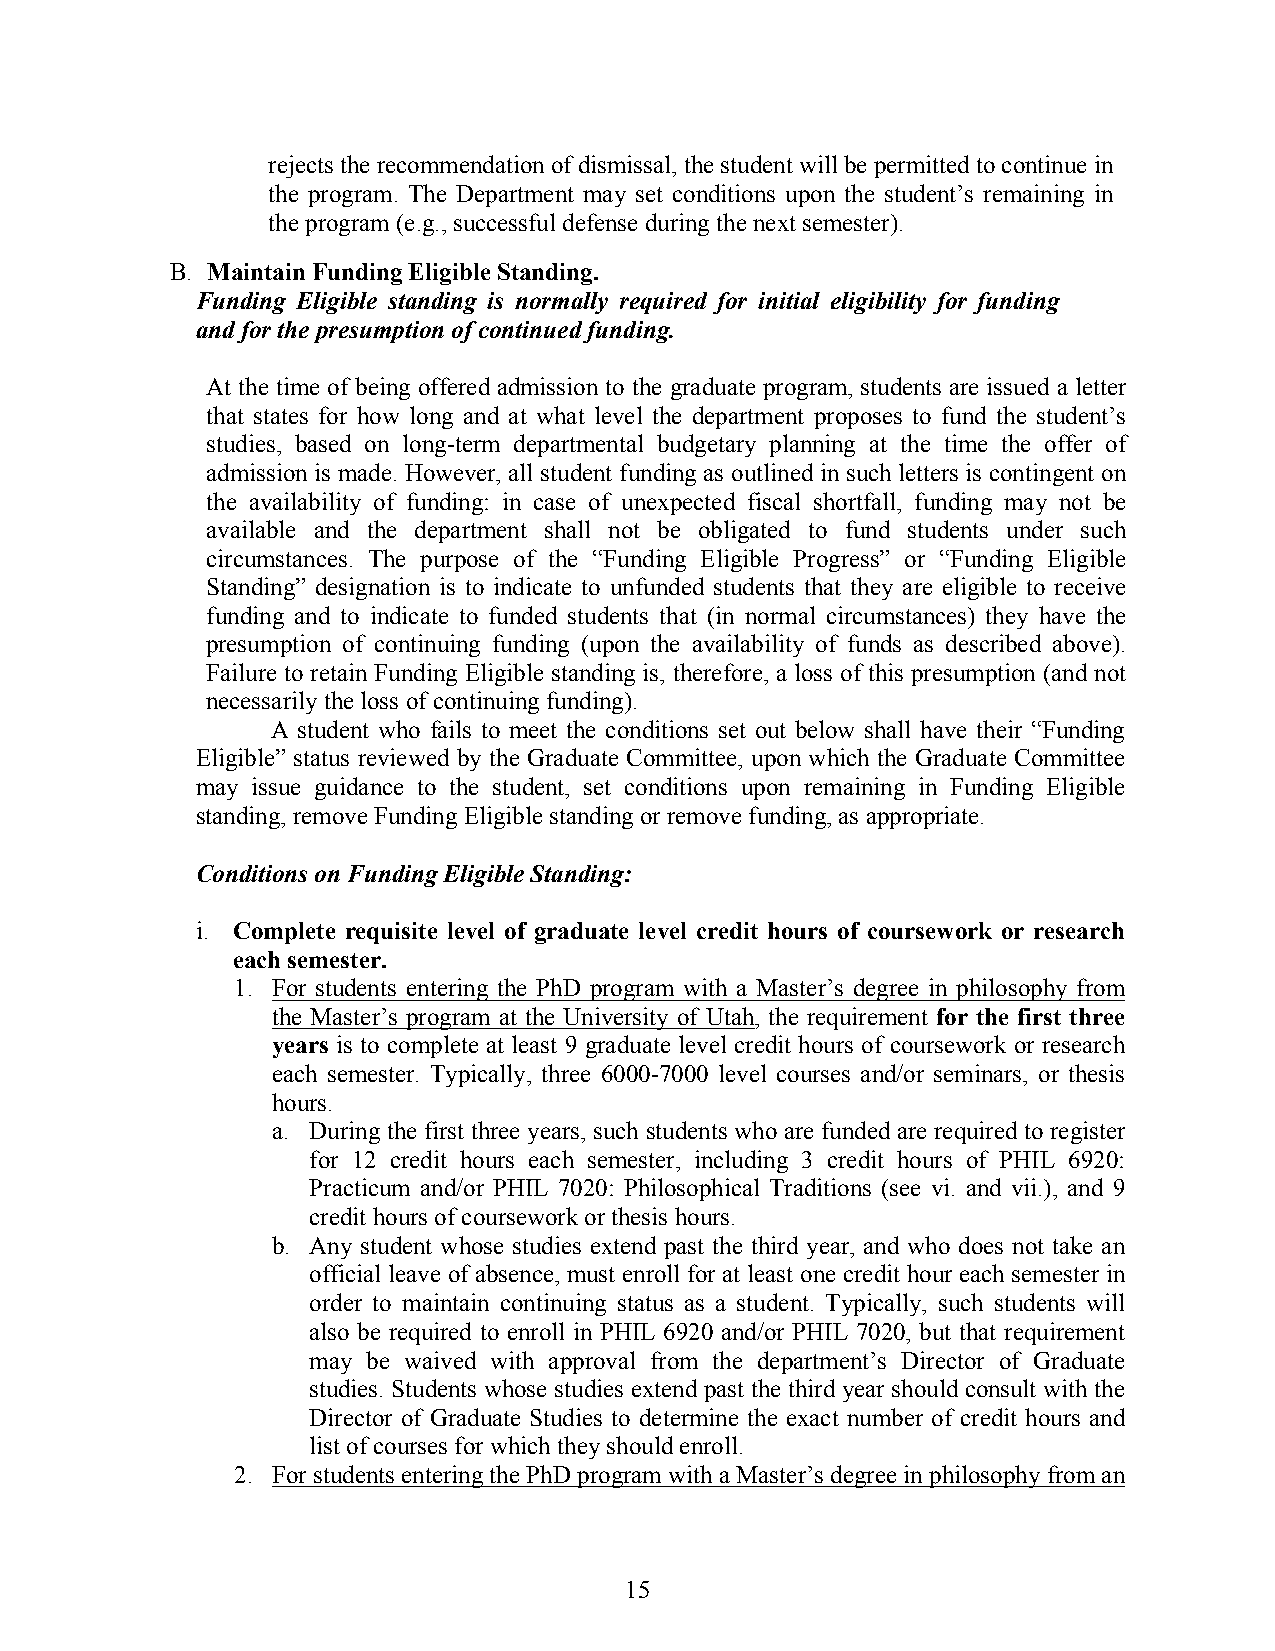
rejects the recommendation of dismissal, the student will be permitted to continue in
 the program. The Department may set conditions upon the student’s remaining in
 the program (e.g., successful defense during the next semester).
 B. Maintain Funding Eligible Standing.
 Funding Eligible standing is normally required for initial eligibility for funding
 and for the presumption of continued funding.
 At the time of being offered admission to the graduate program, students are issued a letter
 that states for how long and at what level the department proposes to fund the student’s
 studies, based on long-term departmental budgetary planning at the time the offer of
 admission is made. However, all student funding as outlined in such letters is contingent on
 the availability of funding: in case of unexpected fiscal shortfall, funding may not be
 available and the department shall not be obligated to fund students under such
 circumstances. The purpose of the “Funding Eligible Progress” or “Funding Eligible
 Standing” designation is to indicate to unfunded students that they are eligible to receive
 funding and to indicate to funded students that (in normal circumstances) they have the
 presumption of continuing funding (upon the availability of funds as described above).
 Failure to retain Funding Eligible standing is, therefore, a loss of this presumption (and not
 necessarily the loss of continuing funding).
 A student who fails to meet the conditions set out below shall have their “Funding
 Eligible” status reviewed by the Graduate Committee, upon which the Graduate Committee
 may issue guidance to the student, set conditions upon remaining in Funding Eligible
 standing, remove Funding Eligible standing or remove funding, as appropriate.
 Conditions on Funding Eligible Standing:
 i. Complete requisite level of graduate level credit hours of coursework or research
 each semester.
 1. For students entering the PhD program with a Master’s degree in philosophy from
 the Master’s program at the University of Utah, the requirement for the first three
 years is to complete at least 9 graduate level credit hours of coursework or research
 each semester. Typically, three 6000-7000 level courses and/or seminars, or thesis
 hours.
 a. During the first three years, such students who are funded are required to register
 for 12 credit hours each semester, including 3 credit hours of PHIL 6920:
 Practicum and/or PHIL 7020: Philosophical Traditions (see vi. and vii.), and 9
 credit hours of coursework or thesis hours.
 b. Any student whose studies extend past the third year, and who does not take an
 official leave of absence, must enroll for at least one credit hour each semester in
 order to maintain continuing status as a student. Typically, such students will
 also be required to enroll in PHIL 6920 and/or PHIL 7020, but that requirement
 may be waived with approval from the department’s Director of Graduate
 studies. Students whose studies extend past the third year should consult with the
 Director of Graduate Studies to determine the exact number of credit hours and
 list of courses for which they should enroll.
 2. For students entering the PhD program with a Master’s degree in philosophy from an
 15